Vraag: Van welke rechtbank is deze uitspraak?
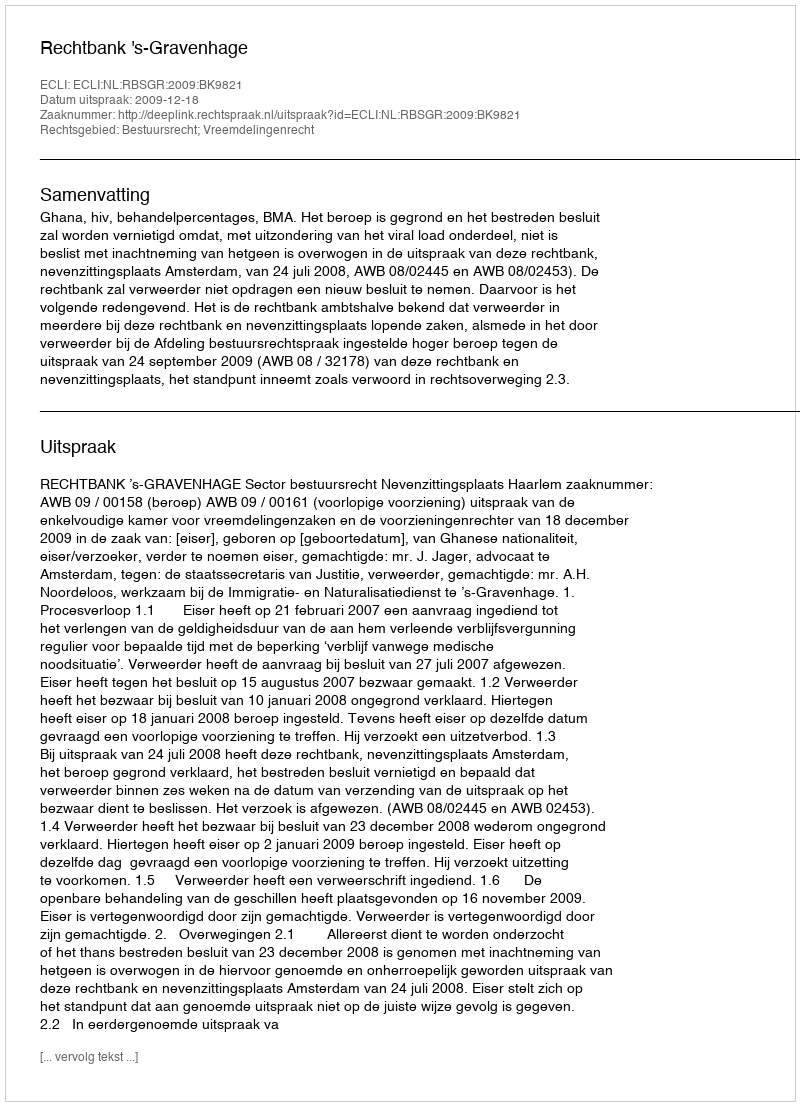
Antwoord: Rechtbank 's-Gravenhage